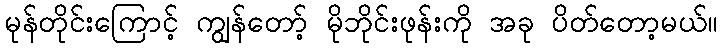
မုန်တိုင်းကြောင့် ကျွန်တော့် မိုဘိုင်းဖုန်းကို အခု ပိတ်တော့မယ်။